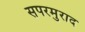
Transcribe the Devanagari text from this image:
सपरमुराद